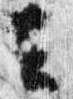
云